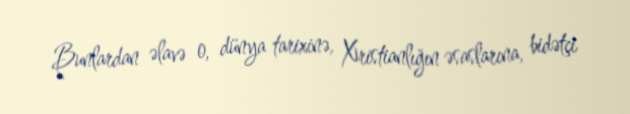
Bunlardan əlavə o, dünya tarixinə, Xristianlığın əsaslarına, bidətçi